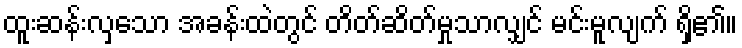
ထူးဆန်းလှသော အခန်းထဲတွင် တိတ်ဆိတ်မှုသာလျှင် မင်းမူလျက် ရှိ၏။